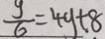
\frac { y } { 6 } = 4 y + 8